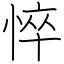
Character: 悴